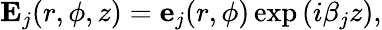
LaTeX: \textbf{E}_{j}(r,\phi,z)=\textbf{e}_{j}(r,\phi)\exp{(i\beta_{j}z)},